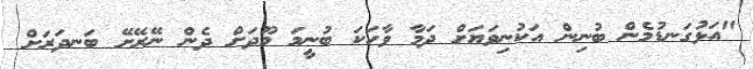
"އަޅުގަނޑުމެން ބުނިން އަކުނިވަޔަށް ދަމާ ވާހަކަ ބުނީމަ މޫދަށް ދެން ނޭރޭށޭ ބަނދަރަށް